system: You are a helpful assistant.
user:
Analyze the provided spectrum to determine if it is a **S-type Star**.

- **Key Indicators for S-type Star:**

    - **(Overall Spectrum Shape):** The first and most obvious characteristic is the overall continuum (the "baseline" shape). It is **extremely "red-sloping,"** meaning the flux (light intensity) is very low on the left side (blue, ~4000-4500 Å) and rises steeply and continuously toward the right side (red, ~7000 Å+).

    - **(Primary):** The spectrum is defined by the presence of strong, broad molecular absorption "valleys" (bands) from **Zirconium Oxide (ZrO)**. The identification of these bands is the **primary requirement** for classifying a star as S-type.
        - **(Key Bandheads):** You must find distinct, deep "dips" where the light has been absorbed. The most critical band systems to locate are:
            - **~6474 Å** ($\gamma$-system): This is often the strongest and clearest ZrO feature, found in the red part of the spectrum.
            - **~5718 Å** & **~5551 Å** ($\beta$-system): A pair of prominent absorption features in the yellow-orange part of the spectrum.
            - **~4640 Å** ($\alpha$-system): A key absorption band system in the blue-green region of the spectrum.

    - **(Secondary Confirmation):** The classification is strengthened by finding additional absorption bands from other related heavy element oxides, which are expected to be present alongside ZrO.
        - **(Key Bandheads):**
            - **Yttrium Oxide (YO):** Look for absorption dips near **~4800 Å** and **~6100 Å**.
            - **Lanthanum Oxide (LaO):** Additional absorption features, particularly in the red-orange part of the spectrum, are also characteristic.

    - **(Line Profile):** The combination of the steep red continuum and these numerous, deep molecular bands (ZrO, YO, etc.) gives the entire spectrum a very **"chopped-up"** or **"bumpy"** appearance. Instead of a smooth curve, the spectrum looks as though large, wide chunks of light have been "carved out" of it at the specific wavelengths listed above.

Think first, call **spectral_visualization_tool** if needed to examine features in detail, then provide your final answer. Your response must adhere to the following strict rules:
1.  **Overall Structure:** Your response must follow the format `<think>...</think> <tool_call>...</tool_call> (if a tool is used) <answer>...</answer>`.
2.  **Tool Usage Constraint:** You may only make **one** tool call per turn.
3.  **Final Answer Format:** In the `<answer>` tag, your conclusion must be inside a `\boxed{}` command (e.g., `\boxed{YES}` or `\boxed{NO}`), followed by your justification.

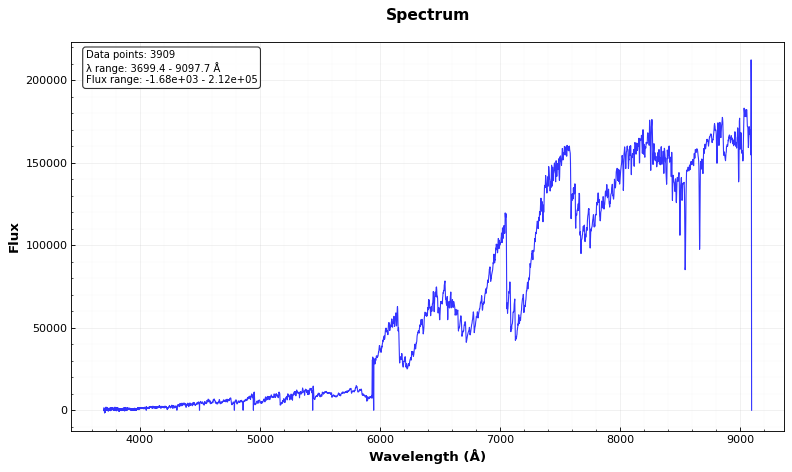
Answer: YES